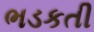
ભડકતી